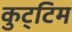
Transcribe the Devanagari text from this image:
कुट्‌टिम